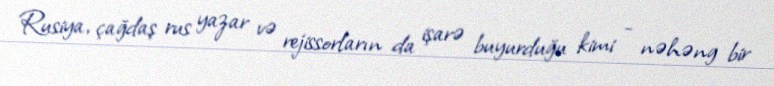
Rusiya, çağdaş rus yazar və rejissorların da işarə buyurduğu kimi - nəhəng bir